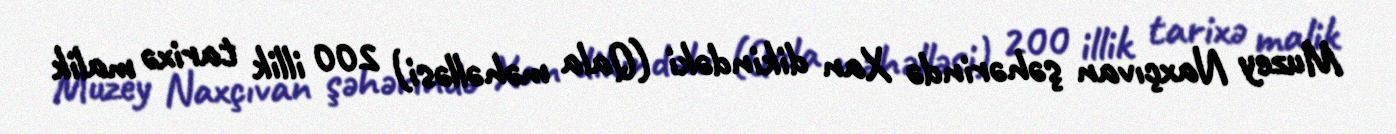
Muzey Naxçıvan şəhərində Xan dikindəki (Qala məhəlləsi) 200 illik tarixə malik